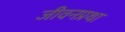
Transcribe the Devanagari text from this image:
जीवनप्रथा